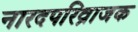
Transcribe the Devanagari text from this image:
नारदपरिव्राजक